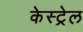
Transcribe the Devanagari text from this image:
केस्ट्रेल